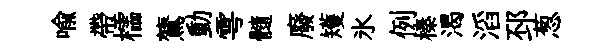
喻帶櫺鷟動雩髓廢矱氷例榛渴滔邳葱